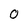
Character: 0